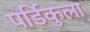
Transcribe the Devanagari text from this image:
पर्डिकुला